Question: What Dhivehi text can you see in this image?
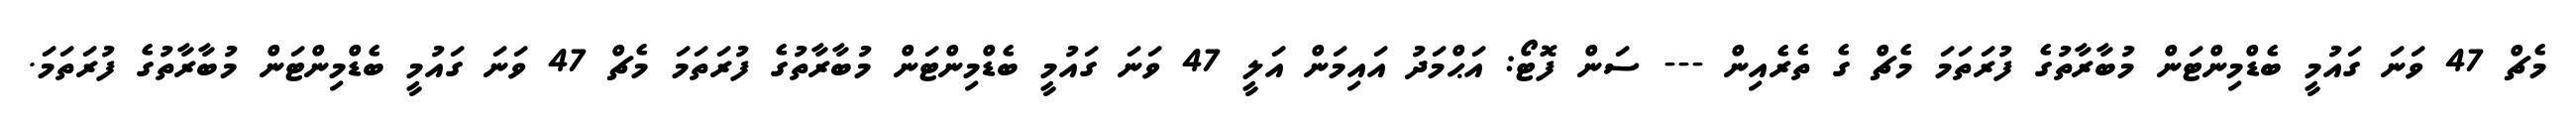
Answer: މެޗް 47 ވަނަ ގައުމީ ބެޑްމިންޓަން މުބާރާތުގެ ފުރަތަމަ މެޗް ގެ ތެރެއިން --- ސަން ފޮޓޯ: އަޙްމަދު އައިމަން އަލީ 47 ވަނަ ގައުމީ ބެޑްމިންޓަން މުބާރާތުގެ ފުރަތަމަ މެޗް 47 ވަނަ ގައުމީ ބެޑްމިންޓަން މުބާރާތުގެ ފުރަތަމަ.